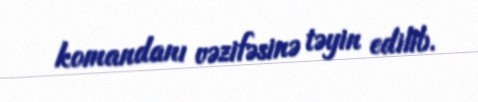
komandanı vəzifəsinə təyin edilib.